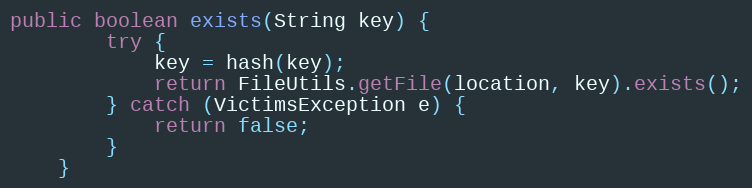
Language: Java
public boolean exists(String key) {
        try {
            key = hash(key);
            return FileUtils.getFile(location, key).exists();
        } catch (VictimsException e) {
            return false;
        }
    }